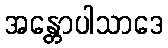
အန္တောပါသာဒေ